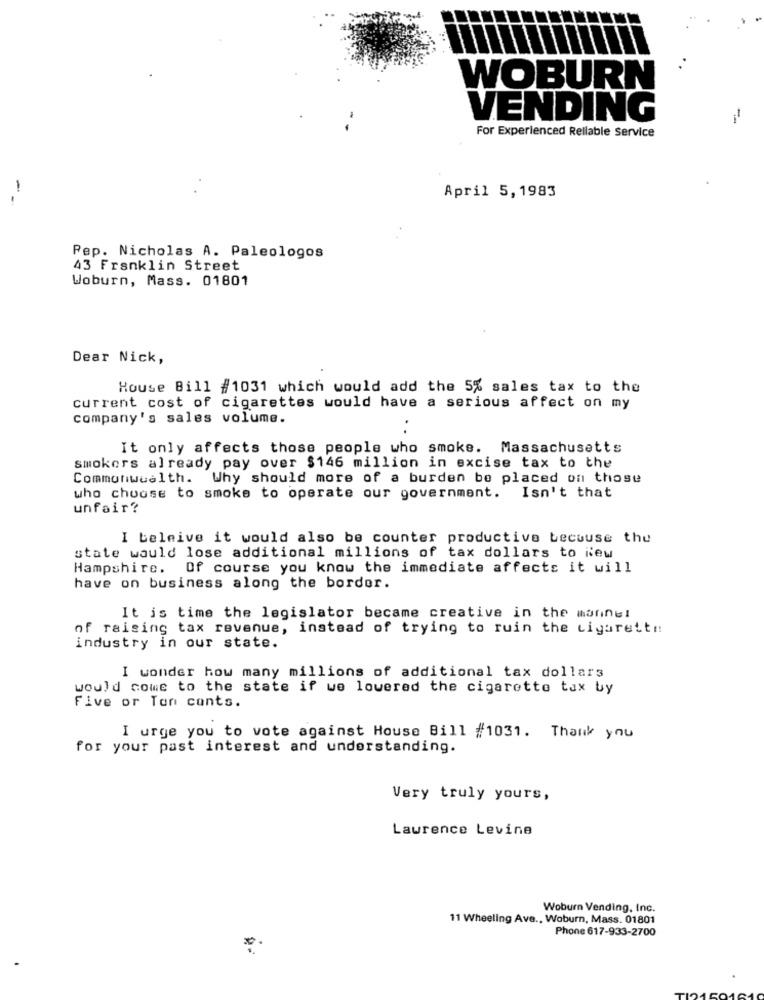
WOBURN
VENDING
For Experienced Reliable Service
April 5,1983
Pep. Nicholas A. Paleologos
43 Franklin Street
Woburn, Mass. 01801
Dear Nick,
House Bill #1031 which would add the 5% sales tax to the
current cost of cigarettes would have a serious affect on my
company's sales volume.
It only affects those people who smoke. Massachusetts
smokers already pay over $146 million in excise tax to the
Commonwealth. Why should more of a burden be placed on those
who choose to smoke to operate our government. Isn't that
unfair?
I beleive it would also be counter productive because the
state would lose additional millions of tax dollars to iew
Hampshire. Of course you know the immediate affects it will
have on business along the border.
It is time the legislator became creative in the marinel
of raising tax revenue, instead of trying to ruin the Ligarettn
industry in our state.
I wonder how many millions of additional tax dollars
would come to the state if we lowered the cigarette tax by
Five or Ton cants.
I urge you to vote against House Bill #1031. Thank you
for your past interest and understanding.
Very truly yours,
Lawrence Levine
Woburn Vending, Inc.
11 Wheeling Ave ., Woburn, Mass. 01801
Phone 617-933-2700
*